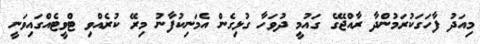
މިއަދު ފާހަގަކުރަމުންދާ ރާއްޖޭގެ ގައުމީ ދުވަހާ ގުޅިގެން އެމަނިކުފާނު މިރޭ ކުރެއްވި ޓްވީޓެއްގައިވަނީ